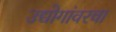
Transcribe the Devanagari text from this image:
उद्योगांवरचा